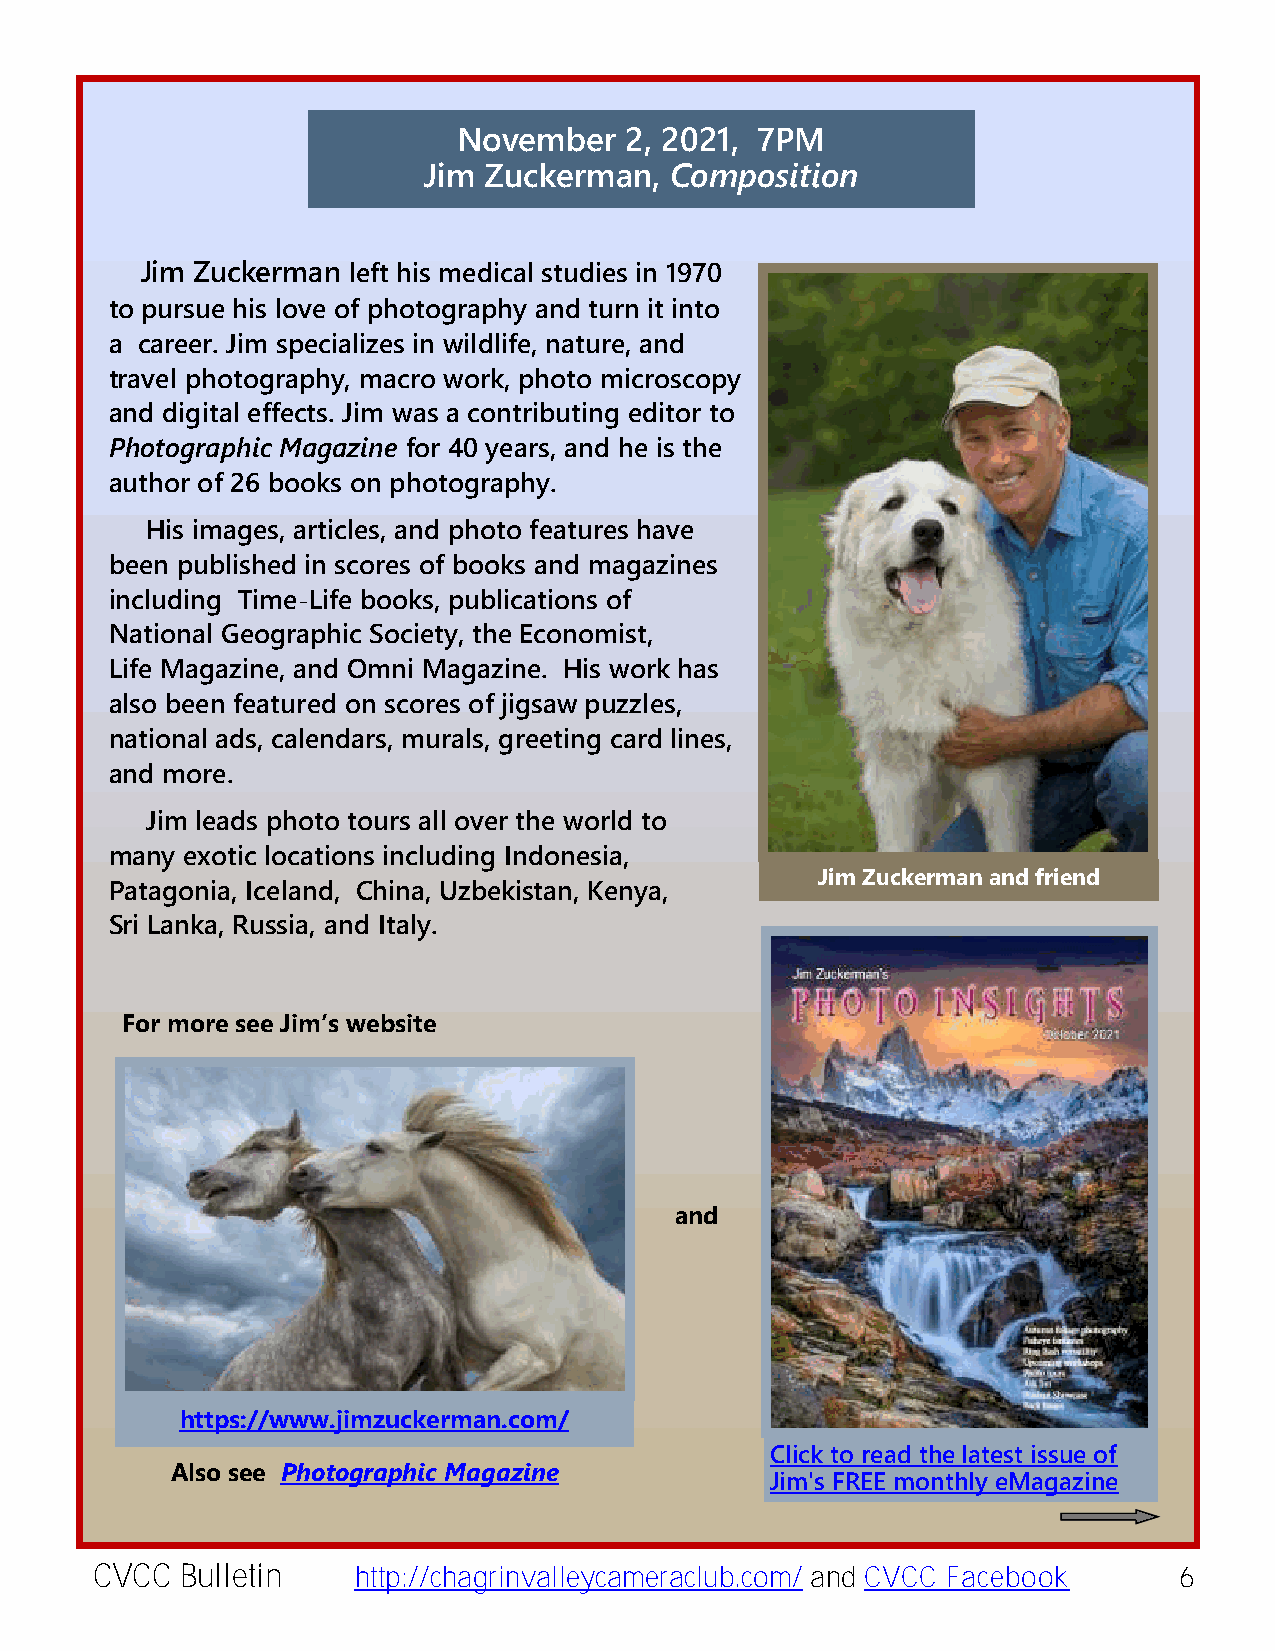
November   2, 2021, 7PM
 Jim Zuckerman,  Composition
 Jim Zuckerman left his medical studies in 1970
 to pursue his love of photography and turn it into
 a career. Jim specializes in wildlife, nature, and
 travel photography, macro work, photo microscopy
 and digital effects. Jim was a contributing editor to
 Photographic Magazine for 40 years, and he is the
 author of 26 books on photography.
 His images, articles, and photo features have
 been published in scores of books and magazines
 including Time-Life books, publications of
 National Geographic Society, the Economist,
 Life Magazine, and Omni Magazine. His work has
 also been featured on scores of jigsaw puzzles,
 national ads, calendars, murals, greeting card lines,
 and more.
 Jim leads photo tours all over the world to
 many exotic locations including Indonesia,
 Jim Zuckerman and friend
 Patagonia, Iceland, China, Uzbekistan, Kenya,
 Sri Lanka, Russia, and Italy.
 For more see Jim’s website
 and
 https://www.jimzuckerman.com/
 Click to read the latest issue of
 Also see Photographic Magazine
 Jim's FREE monthly eMagazine
 CVCC  Bulletin   http://chagrinvalleycameraclub.com/ and CVCC Facebook  6